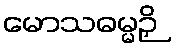
မောသဓမ္မဉှိ